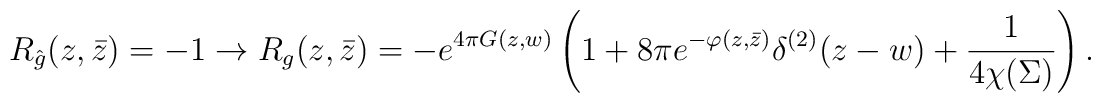
R_{\hat g}(z,\bar z)=-1\to R_g(z,\bar z)=-e^{4\pi G(z,w)}\left(1+8\pi e^{-\varphi(z,\bar z)}\delta^{(2)}(z-w)+{1\over4\chi(\Sigma)}\right).